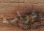
دراسة